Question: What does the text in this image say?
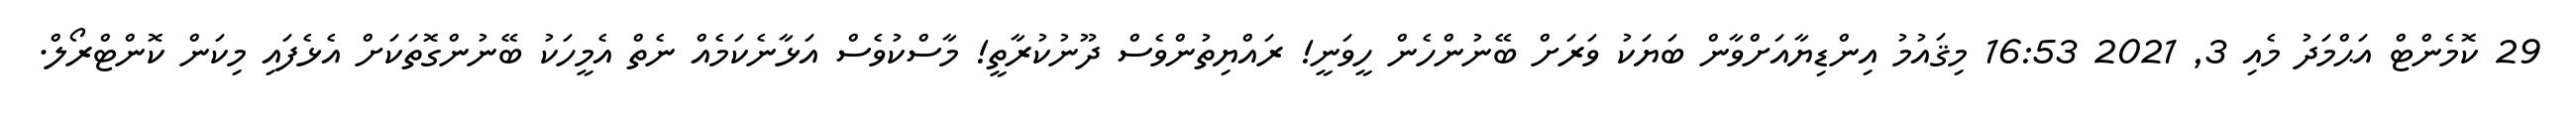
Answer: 29 ކޮމެންޓް އަޙްމަދު މެއި 3, 2021 16:53 މިޤައުމު އިންޑިޔާއަށްވާން ބަޔަކު ވަރަށް ބޭނުންހެން ހީވަނީ! ރައްޔިތުންވެސް ދޫނުކުރާތީ! މާސްކުވެސް އަޅާނެކަމެއް ނެތް އެމީހަކު ބޭނުންގޮތަކަށް އެޅެފައި މިކަން ކޮންޓްރޯލް.